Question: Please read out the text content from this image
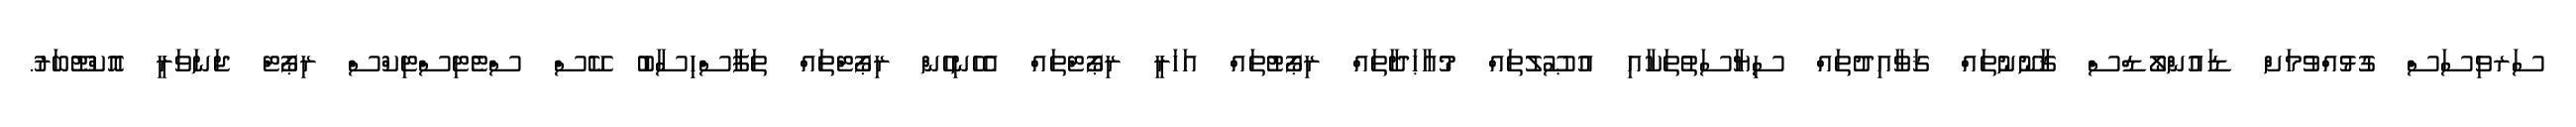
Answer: ސަރވިސަސް ގުޅުއްވުމަށް ޑައުންލޯޑްސް ޤާނޫނުތައް ޤަވާއިދުތައް ސިޔާސަތުތަކާއި އުޞޫލުތައް މުއާޙަދާތައް ރިޕޯޓުތައް އަހަރީ ރިޕޯޓްތައް އެހެނިހެން ރިޕޯޓްތައް ތަފާސްހިސާބު ކޭސް ސްޓެޓިސްޓިކްސް ރިޕޯޓް ޖަނަވަރީ އޮކްޓޫބަރު.